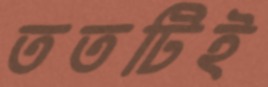
ততটিই